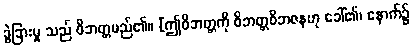
ခွဲခြားမှု သည် ဝိဘတ္တမည်၏။ [ဤဝိဘတ္တကို ဝိဘတ္တဝိဘဇနဟု ခေါ်၏၊ နောက်၌